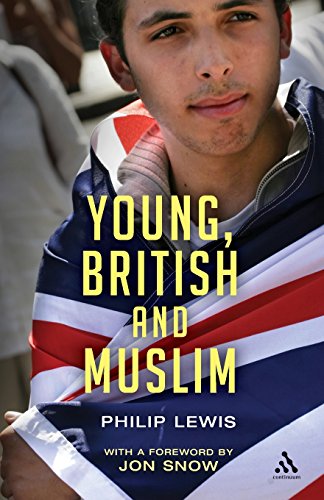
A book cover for Young, British and Muslim; Philip Lewis; Religion & Spirituality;